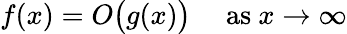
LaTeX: f(x)=O{\bigl(}g(x){\bigr)}\quad{\mathrm{~as~}}x\to\infty